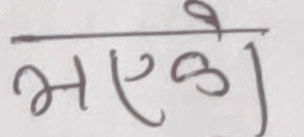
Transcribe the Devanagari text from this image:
भएको